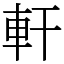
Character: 軒